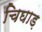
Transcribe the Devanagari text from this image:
चिघाड़